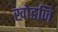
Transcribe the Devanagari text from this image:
खोङजि